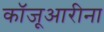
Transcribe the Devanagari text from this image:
कॉजूआरीना